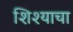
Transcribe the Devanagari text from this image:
शिश्याचा